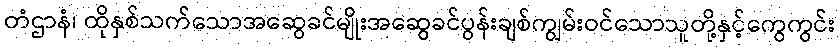
တံဌာနံ၊ ထိုနှစ်သက်သောအဆွေခင်မျိုးအဆွေခင်ပွန်းချစ်ကျွမ်းဝင်သောသူတို့နှင့်ကွေကွင်း